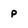
Character: P